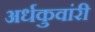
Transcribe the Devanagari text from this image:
अर्धकुवांरी